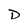
Character: D